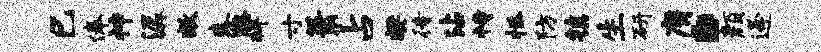
巳俸神潺敞恚膝拜寸萧占樊待沾恃拯防镇生研膺。颜逄